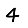
Digit: 4